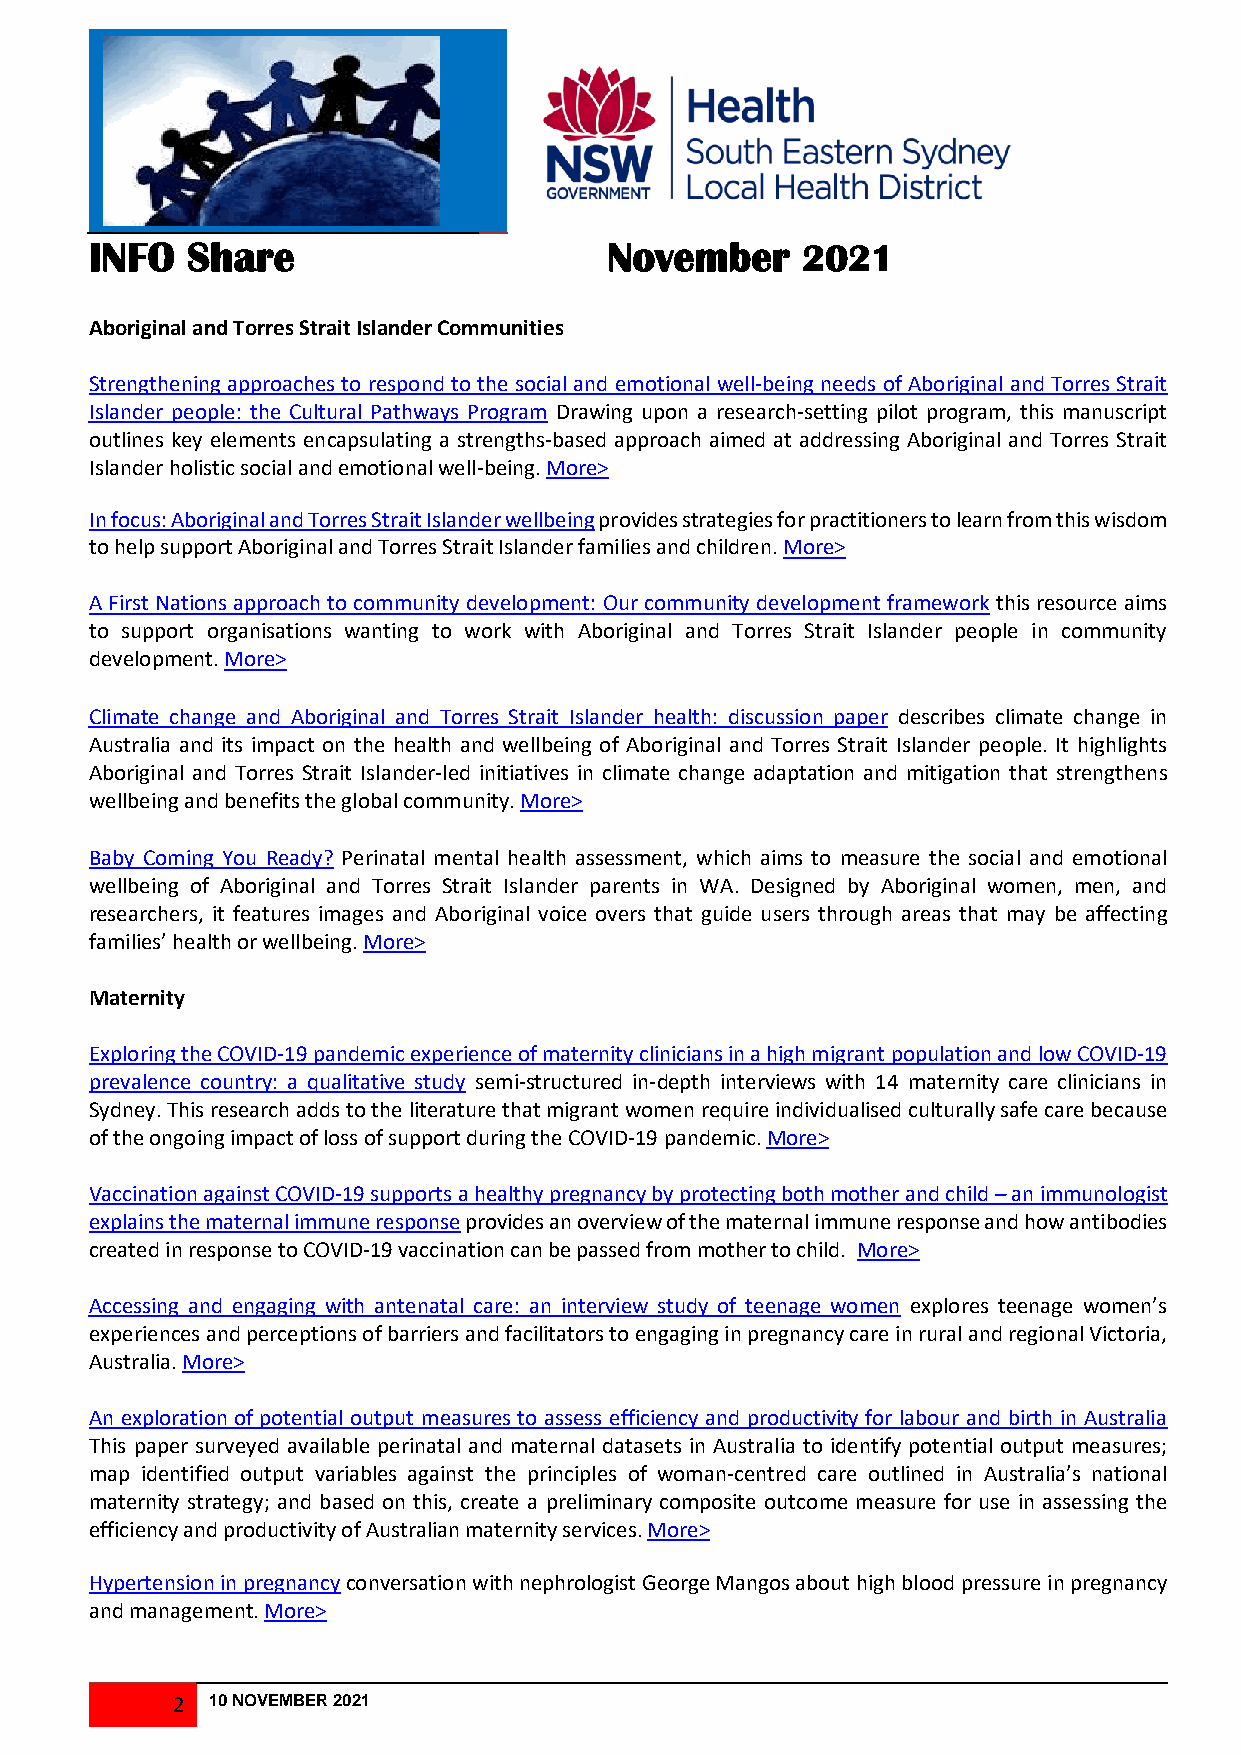
INFO  Share                       November     202124
 J24 J013 242222
 013
 Aboriginal and Torres Strait Islander Communities
 Strengthening approaches to respond to the social and emotional well-being needs of Aboriginal and Torres Strait
 Islander people: the Cultural Pathways Program Drawing upon a research-setting pilot program, this manuscript
 outlines key elements encapsulating a strengths-based approach aimed at addressing Aboriginal and Torres Strait
 Islander holistic social and emotional well-being. More>
 In focus: Aboriginal and Torres Strait Islander wellbeing provides strategies for practitioners to learn from this wisdom
 to help support Aboriginal and Torres Strait Islander families and children. More>
 A First Nations approach to community development: Our community development framework this resource aims
 to support organisations wanting to work with Aboriginal and Torres Strait Islander people in community
 development. More>
 Climate change and Aboriginal and Torres Strait Islander health: discussion paper describes climate change in
 Australia and its impact on the health and wellbeing of Aboriginal and Torres Strait Islander people. It highlights
 Aboriginal and Torres Strait Islander-led initiatives in climate change adaptation and mitigation that strengthens
 wellbeing and benefits the global community. More>
 Baby Coming You Ready? Perinatal mental health assessment, which aims to measure the social and emotional
 wellbeing of Aboriginal and Torres Strait Islander parents in WA. Designed by Aboriginal women, men, and
 researchers, it features images and Aboriginal voice overs that guide users through areas that may be affecting
 families’ health or wellbeing. More>
 Maternity
 Exploring the COVID-19 pandemic experience of maternity clinicians in a high migrant population and low COVID-19
 prevalence country: a qualitative study semi-structured in-depth interviews with 14 maternity care clinicians in
 Sydney. This research adds to the literature that migrant women require individualised culturally safe care because
 of the ongoing impact of loss of support during the COVID-19 pandemic. More>
 Vaccination against COVID-19 supports a healthy pregnancy by protecting both mother and child – an immunologist
 explains the maternal immune response provides an overview of the maternal immune response and how antibodies
 created in response to COVID-19 vaccination can be passed from mother to child. More>
 Accessing and engaging with antenatal care: an interview study of teenage women explores teenage women’s
 experiences and perceptions of barriers and facilitators to engaging in pregnancy care in rural and regional Victoria,
 Australia. More>
 An exploration of potential output measures to assess efficiency and productivity for labour and birth in Australia
 This paper surveyed available perinatal and maternal datasets in Australia to identify potential output measures;
 map identified output variables against the principles of woman-centred care outlined in Australia’s national
 maternity strategy; and based on this, create a preliminary composite outcome measure for use in assessing the
 efficiency and productivity of Australian maternity services. More>
 Hypertension in pregnancy conversation with nephrologist George Mangos about high blood pressure in pregnancy
 and management. More>
 2  10 NOVEMBER 2021